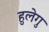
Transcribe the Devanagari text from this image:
हुलेगु